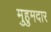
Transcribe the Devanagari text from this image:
मुहुमदार